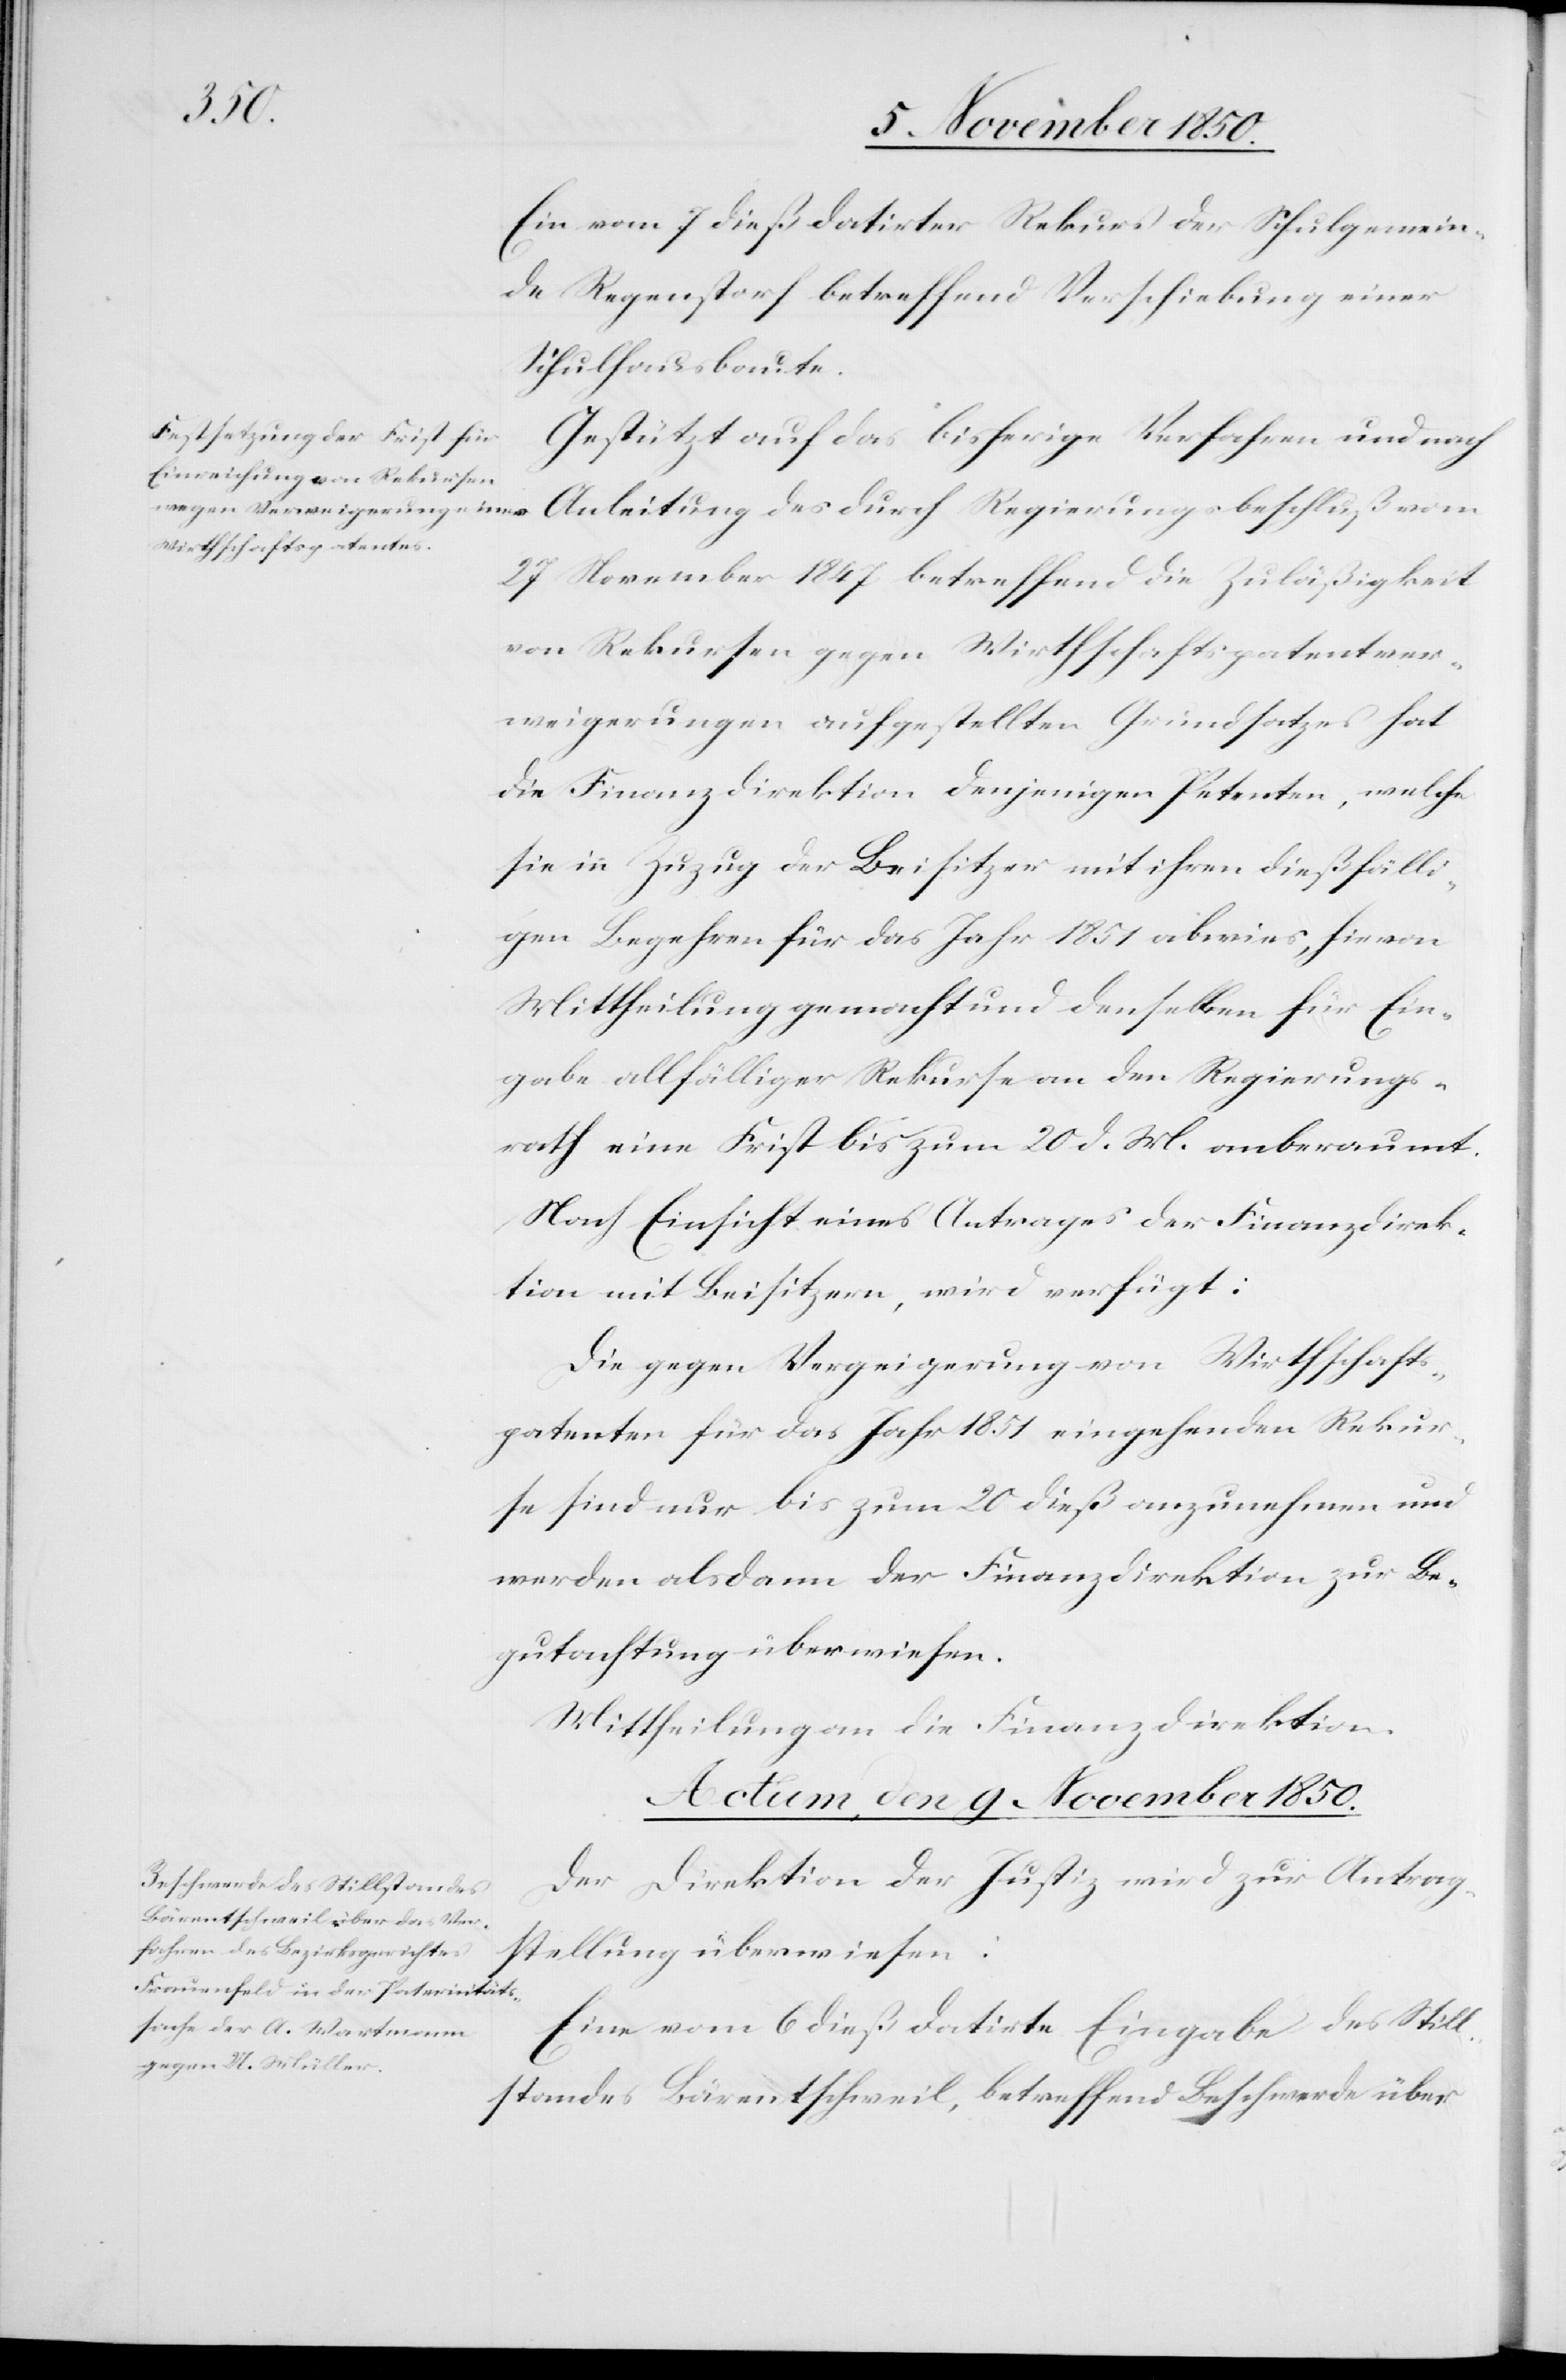
Rekur¬
Ein vom 7 dieß datirter Rekurs der Schulgemein¬
de Regenstorf betreffend Verschiebung einer
Schulhausbaute.
Gestützt auf das bisherige Verfahren und nach
[recte: Verweigerung]
Anleitung des durch Regierungsbeschluß vom
Wirthschaftspatenten
27 November 1847 betreffend die Zuläßigkeit
von Rekursen gegen Wirthschaftspatentver¬
weigerungen aufgestellten Grundsatzes hat
die Finanzdirektion denjenigen Petenten, welche
sie in Zuzug der Beisitzer mit ihren dießfälli¬
gen Begehren für das Jahr 1851 abwies, hievon
Mittheilung gemacht und denselben für Ein¬
gabe allfälliger Rekurse an den Regierungs¬
rath eine Frist bis zum 20 d. M. anberaumt.
Nach Einsicht eines Antrages der Finanzdirek¬
tion mit Beisitzern, wird verfügt:
se sind nur bis zum 20 dieß anzunehmen und
werden alsdann der Finanzdirektion zur Be¬
gutachtung überwiesen.
Mittheilung an die Finanzdirektion.
Actum, den 9 November 1850.
Der Direktion der Justiz wird zur Antrag¬
stellung überwiesen:
Eine vom 6 dieß datirte Eingabe des Still¬
standes Bärentschweil, betreffend Beschwerde über